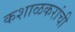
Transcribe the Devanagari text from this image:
कशाळकरांची